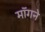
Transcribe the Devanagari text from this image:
मॉगने